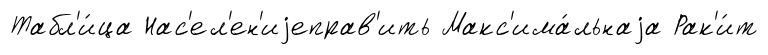
Табл'и́ца Нас'ел'ен'иjеправ'ить Макс'има́льнаjа Рак'и́т